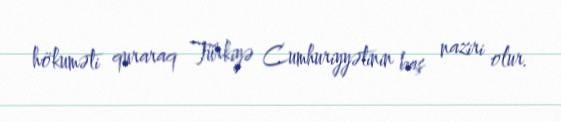
hökuməti quraraq Türkiyə Cumhuriyyətinin baş naziri olur.